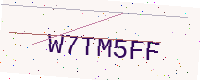
Text: W7TM5FF